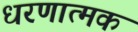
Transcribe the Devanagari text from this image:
धरणात्मक